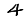
Digit: 4